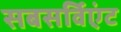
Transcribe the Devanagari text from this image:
सबसर्विएंट